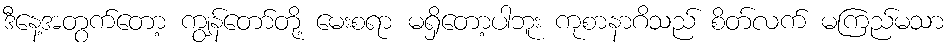
ဒီနေ့အတွက်တော့ ကျွန်တော်တို့ မေးစရာ မရှိတော့ပါဘူး ကုစာနာဂိသည် စိတ်လက် မကြည်မသာ